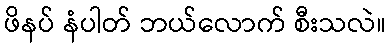
ဖိနပ် နံပါတ် ဘယ်လောက် စီးသလဲ။